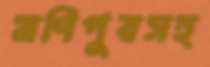
মণিপুরসহ